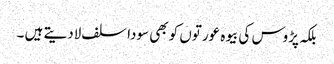
بلکہ پڑوس کی بیوہ عورتوں کو بھی سودا سلف لادیتے ہیں ۔